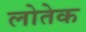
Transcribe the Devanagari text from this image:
लोतेक